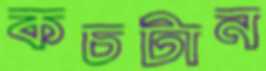
কচটান